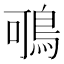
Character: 𪀉